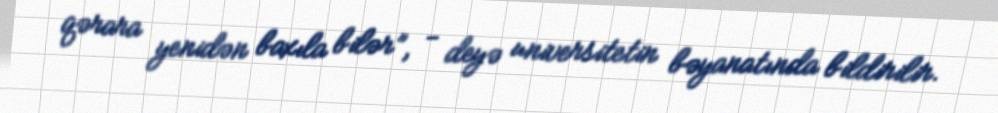
qərara yenidən baxıla bilər”, - deyə universitetin bəyanatında bildirilir.